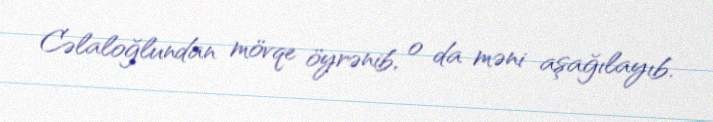
Cəlaloğlundan mövqe öyrənib, o da məni aşağılayıb.